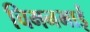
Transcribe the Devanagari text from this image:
चिमनभाई